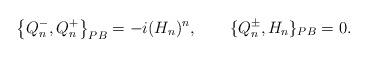
LaTeX: \begin{align*} \left\{Q^-_n,Q^+_n\right\}_{PB}=-i(H_n)^n, \qquad \{Q^\pm_n,H_n\}_{PB}=0.\end{align*}